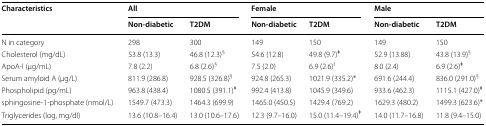
<table><thead><tr><td rowspan="2"><b>Characteristics</b></td><td colspan="2"><b>All</b></td><td colspan="2"><b>Female</b></td><td colspan="2"><b>Male</b></td></tr><tr><td><b>Non-diabetic</b></td><td><b>T2DM</b></td><td><b>Non-diabetic</b></td><td><b>T2DM</b></td><td><b>Non-diabetic</b></td><td><b>T2DM</b></td></tr></thead><tbody><tr><td>N in category</td><td>298</td><td>300</td><td>149</td><td>150</td><td>149</td><td>150</td></tr><tr><td>Cholesterol (mg/dL)</td><td>53.8 (13.3)</td><td>46.8 (12.3)<sup>§</sup></td><td>54.6 (12.8)</td><td>49.8 (9.7)<sup><b>ǂ</b></sup></td><td>52.9 (13.88)</td><td>43.8 (13.9)<sup>§</sup></td></tr><tr><td>ApoA-I (μg/mL)</td><td>7.8 (2.2)</td><td>6.8 (2.6)<sup>§</sup></td><td>7.5 (2.0)</td><td>6.9 (2.6)<sup>ł</sup></td><td>8.0 (2.4)</td><td>6.9 (2.6)<sup><b>ǂ</b></sup></td></tr><tr><td>Serum amyloid A (μg/L)</td><td>811.9 (286.8)</td><td>928.5 (326.8)<sup>§</sup></td><td>924.8 (265.3)</td><td>1021.9 (335.2)*</td><td>691.6 (244.4)</td><td>836.0 (291.0)<sup>§</sup></td></tr><tr><td>Phospholipid (pg/mL)</td><td>963.8 (438.4)</td><td>1080.5 (391.1)<sup><b>ǂ</b></sup></td><td>992.4 (413.8)</td><td>1045.9 (349.6)</td><td>933.6 (462.3)</td><td>1115.1 (427.0)<sup><b>ǂ</b></sup></td></tr><tr><td>sphingosine-1-phosphate (nmol/L)</td><td>1549.7 (473.3)</td><td>1464.3 (699.9)</td><td>1465.0 (450.5)</td><td>1429.4 (769.2)</td><td>1629.3 (480.2)</td><td>1499.3 (623.6)*</td></tr><tr><td>Triglycerides (log, mg/dl)</td><td>13.6 (10.8–16.4)</td><td>13.0 (10.6–17.6)</td><td>12.3 (9.7–16.0)</td><td>15.0 (11.4–19.4)<sup><b>ǂ</b></sup></td><td>14.0 (11.7–16.8)</td><td>11.8 (9.4–15.0)</td></tr></tbody></table>